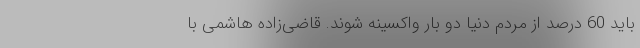
باید 60 درصد از مردم دنیا دو بار واکسینه شوند. قاضی‌زاده هاشمی با